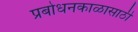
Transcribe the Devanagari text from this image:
प्रबोधनकाळासाठी